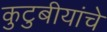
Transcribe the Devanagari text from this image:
कुटुबीयांचे